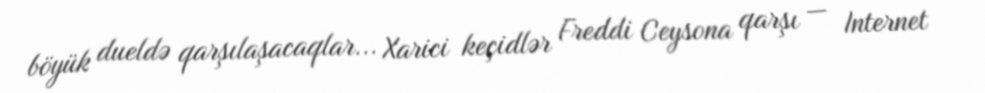
böyük dueldə qarşılaşacaqlar... Xarici keçidlər Freddi Ceysona qarşı — Internet